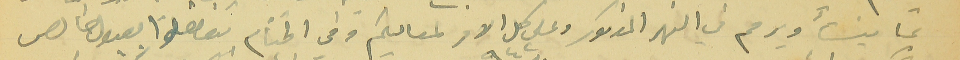
بما ينشأ ويرمم في النهر المذكور وعلى كل الامر لمعاليكم وفي الختام تفضلوا بقبول بخالص